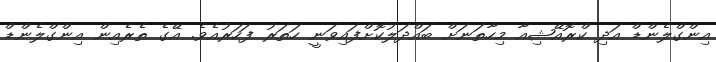
އިންގްލެންޑް އަދި ކްރޮއޭޝިއާ މިހާތަނަށް ބައްދަލުކޮށްފައިވަނީ ހަތަރު ފަހަރުއެވެ. އޭގެ ތެރެއިން އިންގްލެންޑް